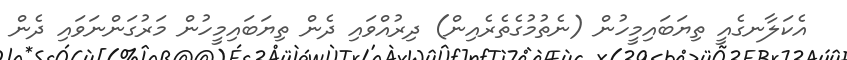
އެކަލާނގެއީ ތިޔަބައިމީހުން (ނެތުމުގެތެރެއިން) ދިރުއްވައި ދެން ތިޔަބައިމީހުން މަރުގަންނަވައި ދެން